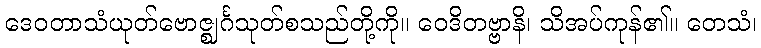
ဒေဝတာသံယုတ်ဗောဇ္ဈင်္ဂသုတ်စသည်တို့ကို။ ဝေဒိတဗ္ဗာနိ၊ သိအပ်ကုန်၏။ တေသံ၊